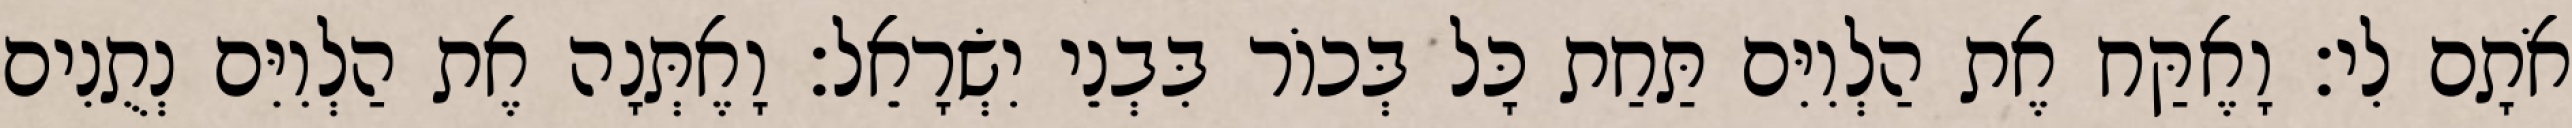
אֹתָם לִי׃ וָאֶקַּח אֶת הַלְוִיִּם תַּחַת כָּל בְּכוֹר בִּבְנֵי יִשְׂרָאֵל׃ וָאֶתְּנָה אֶת הַלְוִיִּם נְתֻנִים